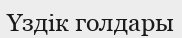
Үздік голдары